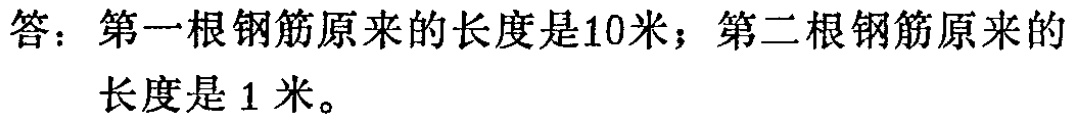
答：第一根钢筋原来的长度是10米；第二根钢筋原来的

长度是 1 米。